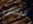
ديفلن